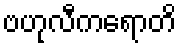
ဗဟုလီကရောတိ